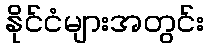
နိုင်ငံများအတွင်း